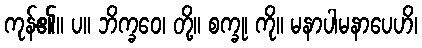
ကုန်၏။ ပ။ ဘိက္ခဝေ၊ တို့။ စက္ခု၊ ကို။ မနာပါမနာပေဟိ၊